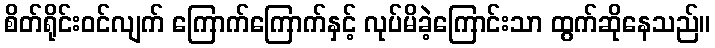
စိတ်ရိုင်းဝင်လျက် ကြောက်ကြောက်နှင့် လုပ်မိခဲ့ကြောင်းသာ ထွက်ဆိုနေသည်။